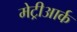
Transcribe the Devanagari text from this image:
मेट्रीआर्क